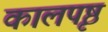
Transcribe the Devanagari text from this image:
कालपृष्ठ